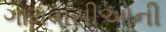
ગામવાસીઓની